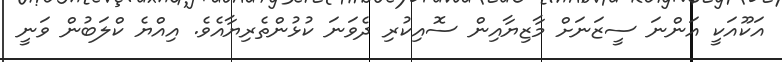
އަކޫއަކީ އަންނަ ސީޒަނަށް މާޒިޔާއިން ސޮއިކުރި ދެވަނަ ކުޅުންތެރިޔާއެވެ. އިއްޔެ ކްލަބުން ވަނީ